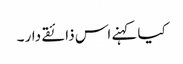
کیا کہنے اس ذائقے دار ۔